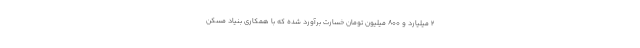
۲ میلیارد و ۸۰۰ میلیون تومان خسارت برآورد شده که با همکاری بنیاد مسکن